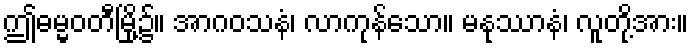
ဤဓမ္မဝတီမြို့၌။ အာဂဝသနံ၊ လာကုန်သော။ မနုဿာနံ၊ လူတို့အား။